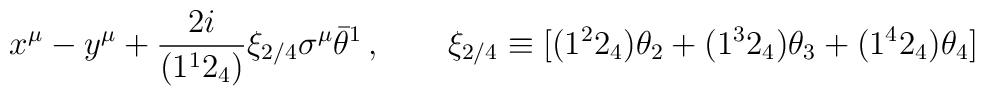
x^\mu- y^\mu + \frac{2i}{(1^1 2_4)}  \xi_{2/4}\sigma^\mu \bar\theta^1\,, \qquad \xi_{2/4}  \equiv [(1^2 2_4) \theta_2 + (1^3 2_4) \theta_3 +  (1^4 2_4) \theta_4]